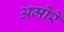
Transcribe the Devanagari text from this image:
अमोरे